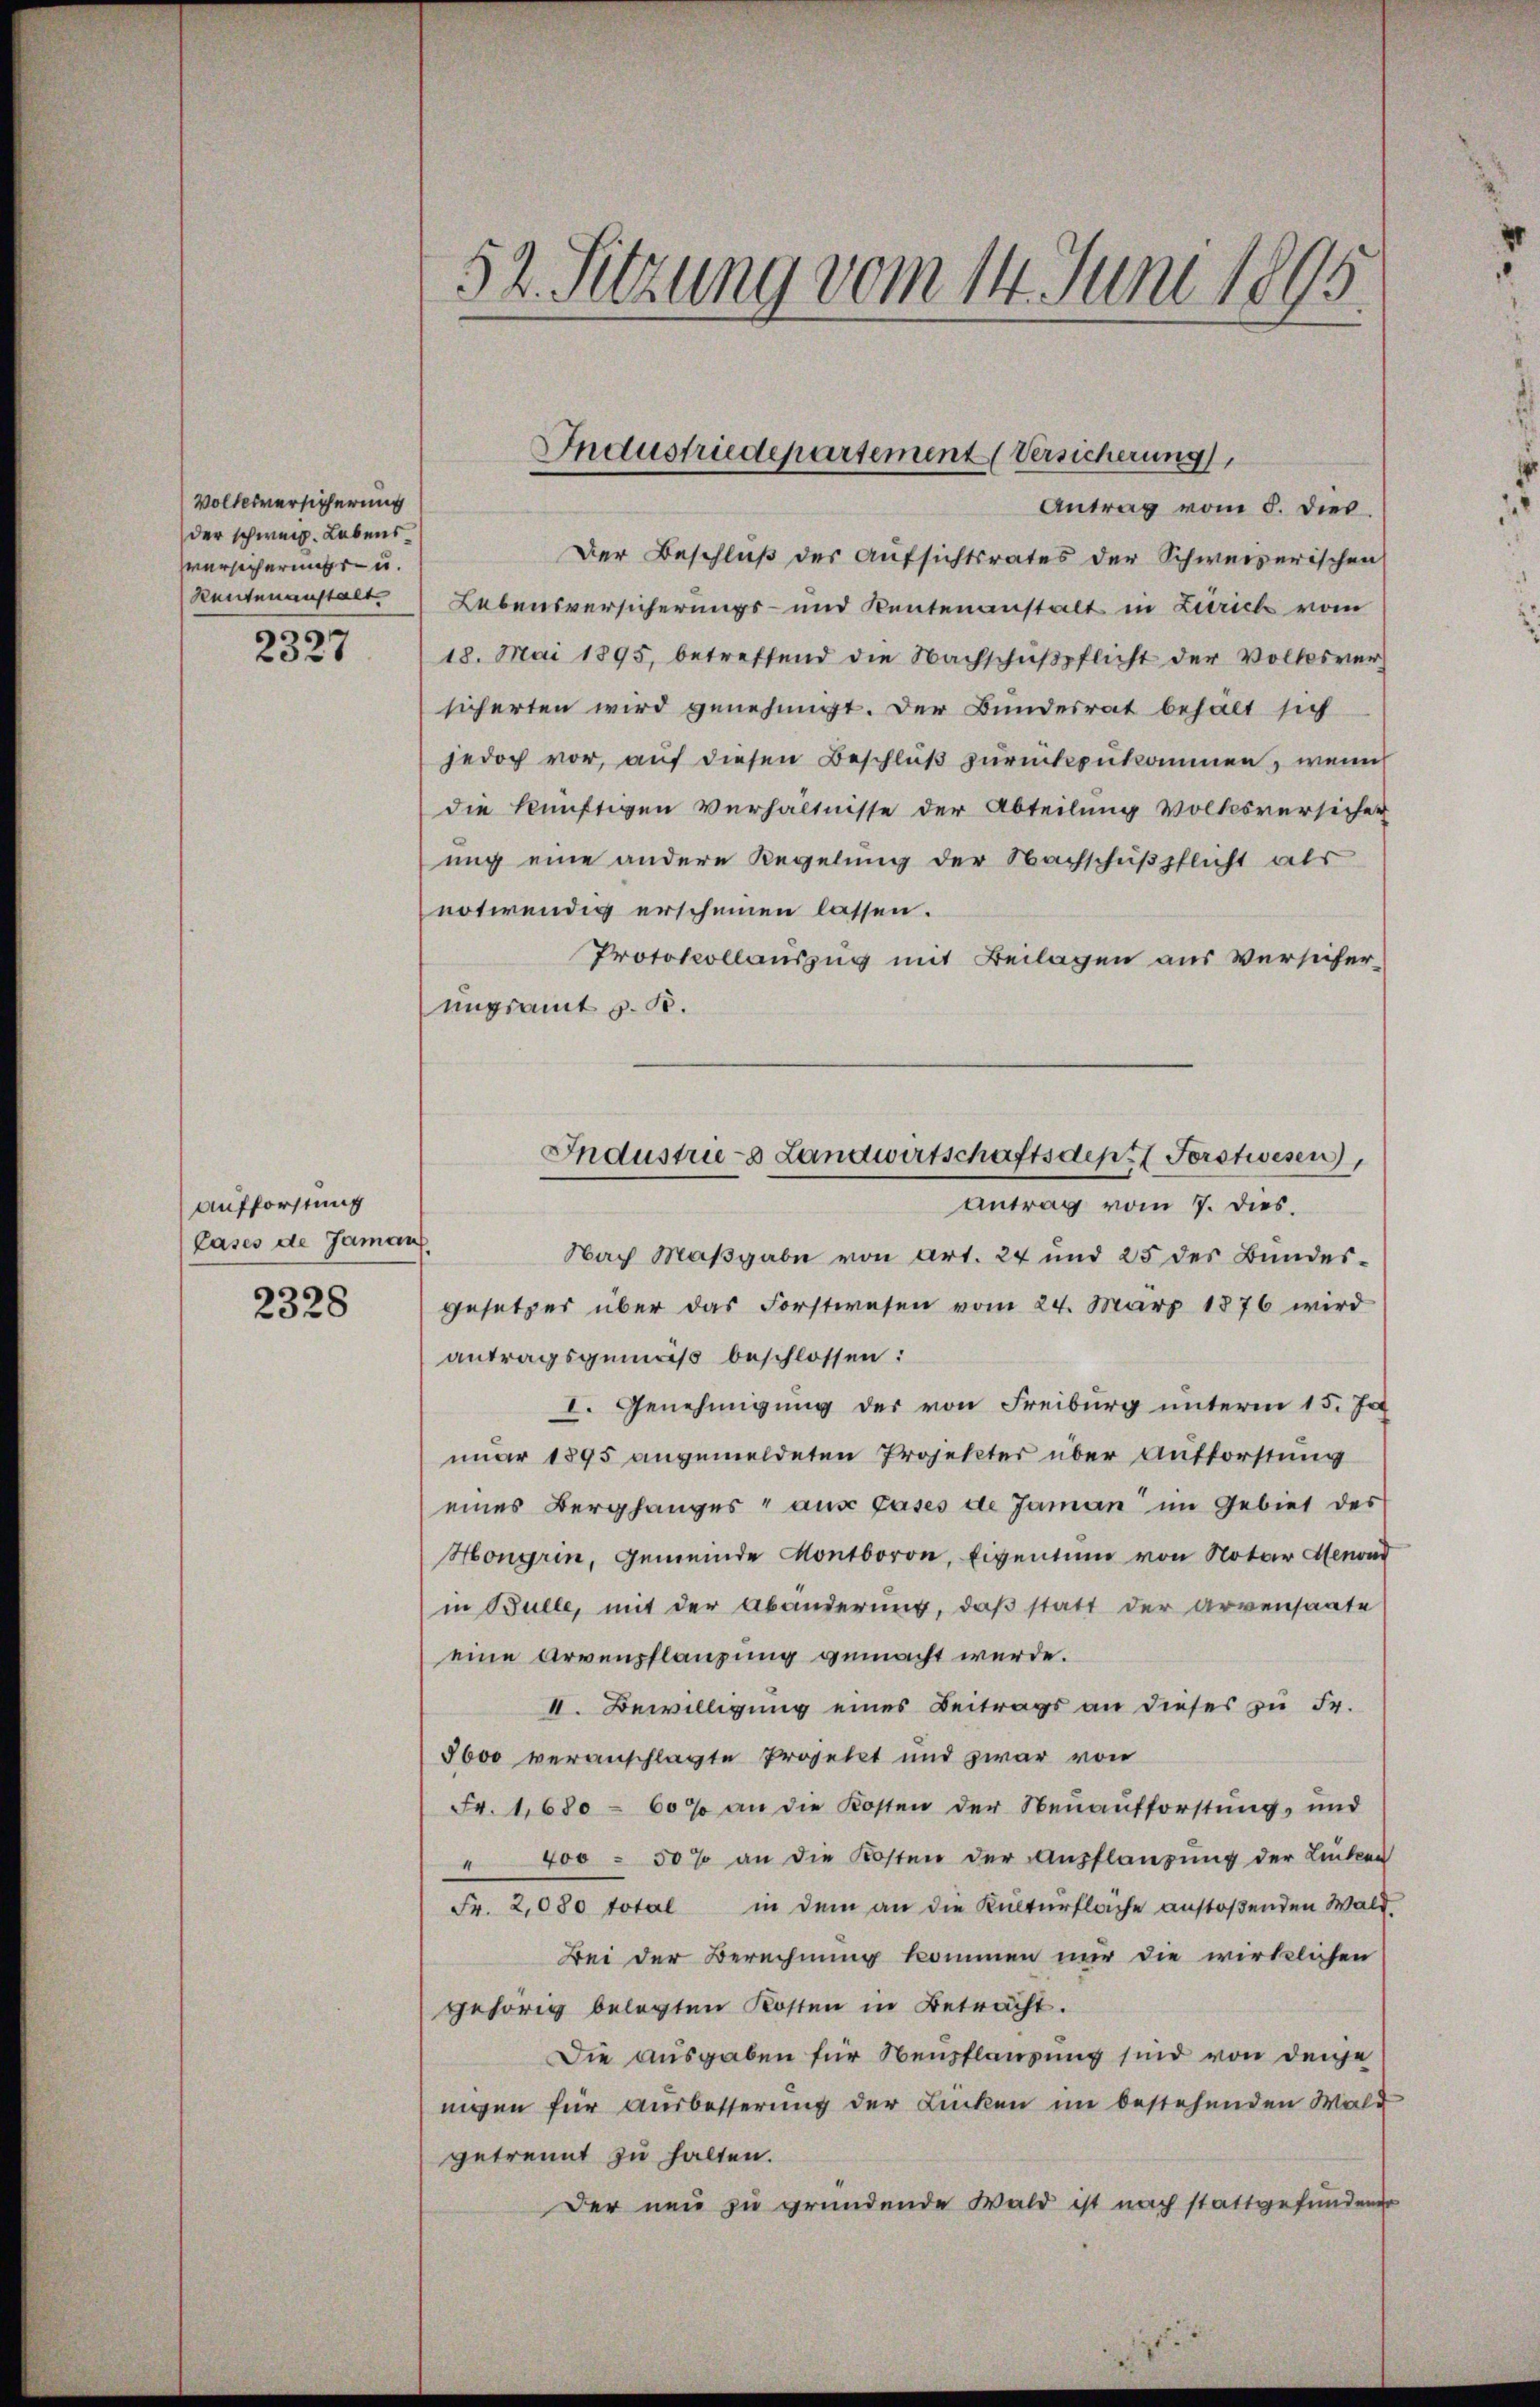
Volksversicherung
der schweiz. Lebens
versicherungs- u.
Reutenanstalt
¬

20xx

Aufforstung
Cases de Jamans

2328

52. Sitzung vom 14. Juni 1895.

Der Beschluß des Aufsichtsrates der Schweizerischen
Lebensversicherungs- und Rentenanstalt in Zürich vom
18. Mai 1895, betreffend die Nachschŭβpflicht der Volkesver-
sicherten wird genehmigt. Der Bundesrat behält sich
jedoch vor, auf diesen Beschluß zurückzukommen, wenn
die künftigen Verhältnisse der Abteilung volkesversicher
ung eine andere Regelung der Nachschußpflicht als
notwendig erscheinen lassen.
Protokollauszug mit Beilagen aus Versicher,
ungsamt z. B.
Nach Maßgabe von Art. 24 und 25 des Bundesgesetzes über das Forstwesen vom 24. März 1876 wird
antragsgemäß beschlossen:
I. Genehmigung der von Freiburg unterm 15. Ja
nuar 1895 angemeldeten Projekter über Aufforstung
eines Berghanges aus Gases de Jaman im Gebiet des
Hongrin, Gemeinde Kontboron, Eigentum von Notar Menon
in Bulle, mit der Abänderung, daß statt der Arvensaate
eine Armenpflanzung gemacht werde.
II. Bewilligung eines Beitrags an dieses zu Fr.
5600 veranschlagte Projekt und zwar von
Fr. 1680 - 60% an die Kosten der Neuaufforstung, und
" 400 - 50% an die Kosten der Anpflanzung der Linken
Fr. 2,080 total in dem an die Kulturfläche anstoßenden Wald
Bei der Berechnung kommen mir die wirklichen
gehörig belegten Kosten in Betracht.
Die ausgaben für Neupflanzung sind von denje
nigen für Ausbesserung der Linken im bestehenden Wald
getrennt zu halten.
Der neu zu gründende Wald ist nach stattgefundener

Industriedepartement (Versicherung
Antrag vom 5. dies

Industrie-8 Landwirtschaftsdep. (Forstwesen
Antrag vom 7. dies.